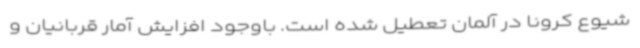
شیوع کرونا در آلمان تعطیل شده است. باوجود افزایش آمار قربانیان و